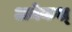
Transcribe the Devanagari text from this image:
अनेकश्